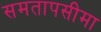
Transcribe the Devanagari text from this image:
समतापसीमा